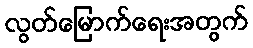
လွတ်မြောက်ရေးအတွက်